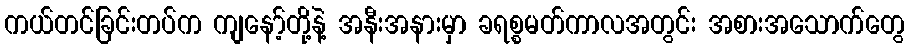
ကယ်တင်ခြင်းတပ်က ကျနော့်တို့နဲ့ အနီးအနားမှာ ခရစ္စမတ်ကာလအတွင်း အစားအသောက်တွေ